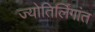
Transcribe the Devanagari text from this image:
ज्योतिर्लिंगांत